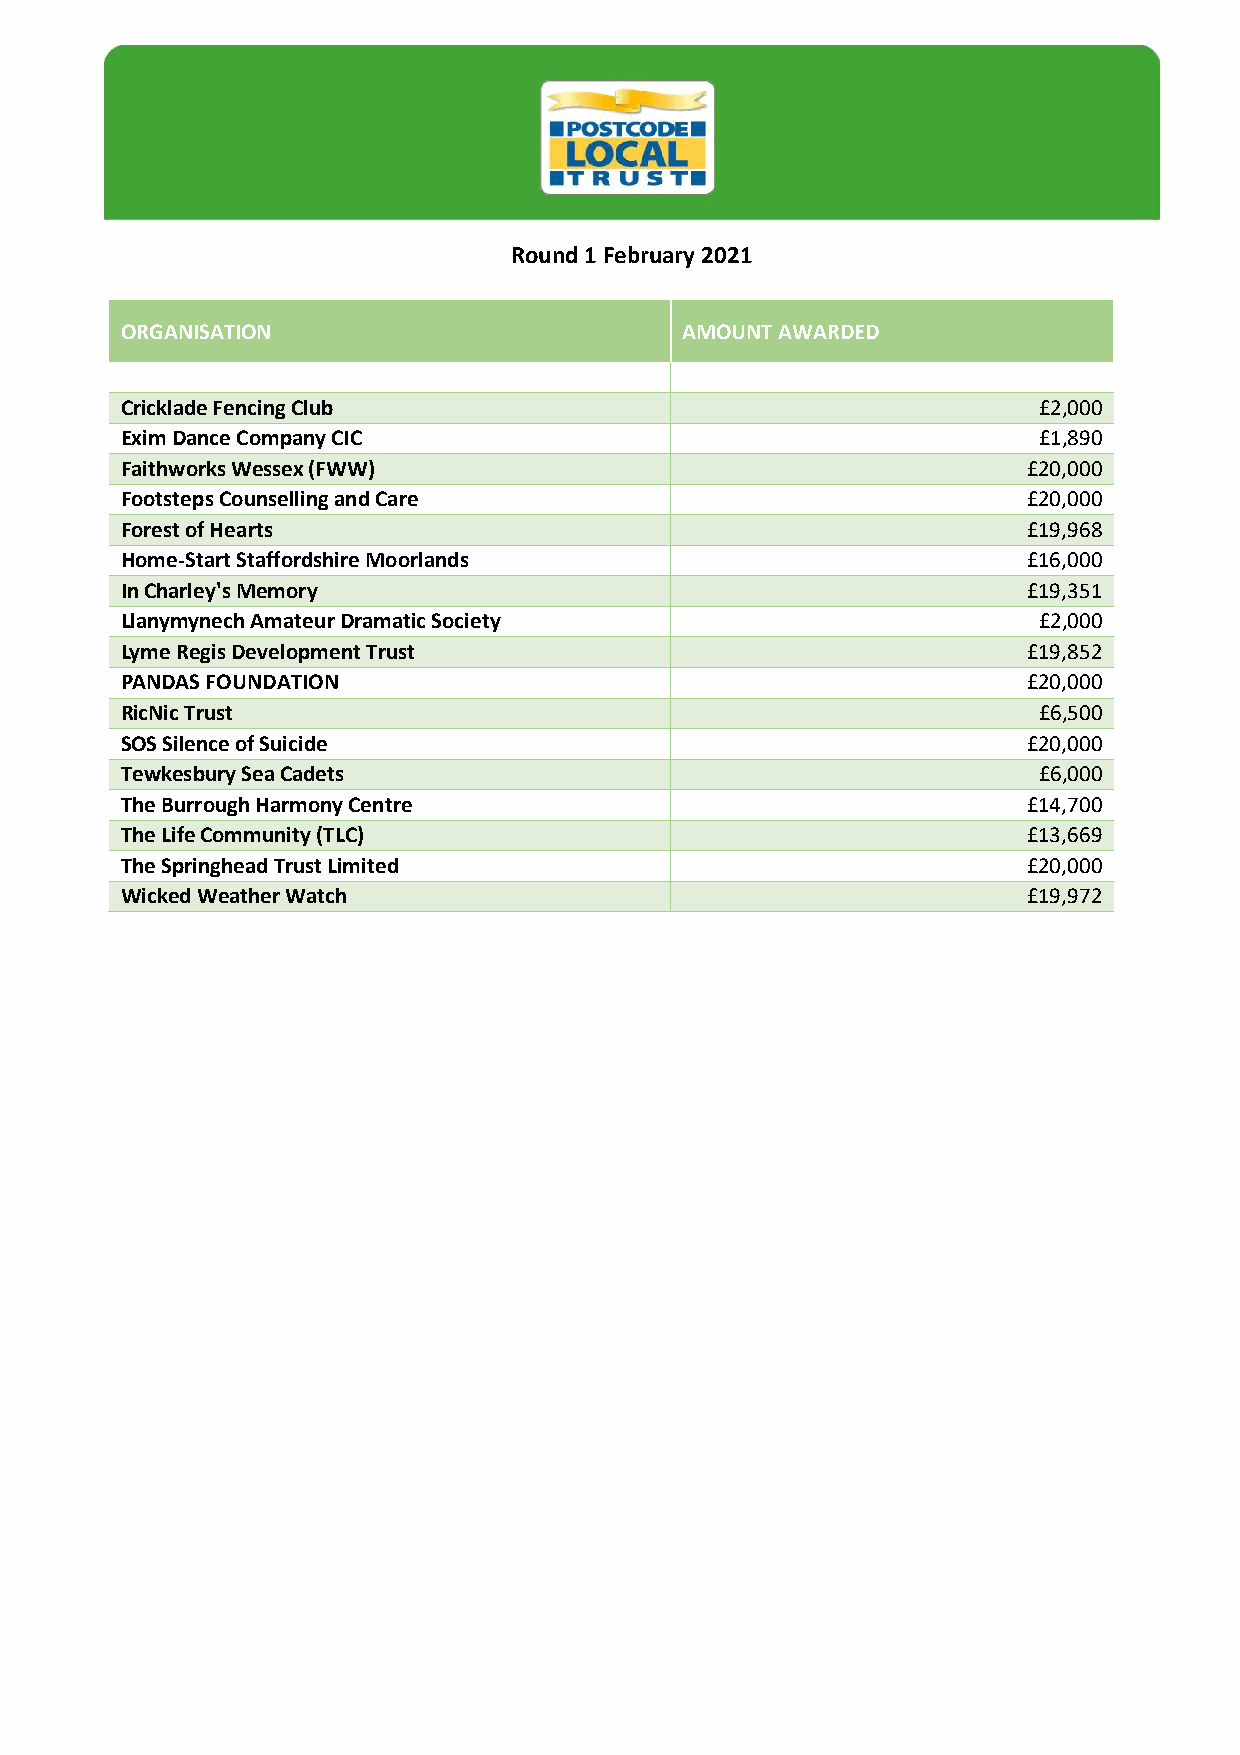
Round 1 February 2021
 ORGANISATION                         AMOUNT AWARDED
 Cricklade Fencing Club                                       £2,000
 Exim Dance Company CIC                                       £1,890
 Faithworks Wessex (FWW)                                     £20,000
 Footsteps Counselling and Care                              £20,000
 Forest of Hearts                                            £19,968
 Home-Start Staffordshire Moorlands                          £16,000
 In Charley's Memory                                         £19,351
 Llanymynech Amateur Dramatic Society                         £2,000
 Lyme Regis Development Trust                                £19,852
 PANDAS FOUNDATION                                           £20,000
 RicNic Trust                                                 £6,500
 SOS Silence of Suicide                                      £20,000
 Tewkesbury Sea Cadets                                        £6,000
 The Burrough Harmony Centre                                 £14,700
 The Life Community (TLC)                                    £13,669
 The Springhead Trust Limited                                £20,000
 Wicked Weather Watch                                        £19,972